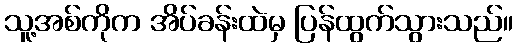
သူ့အစ်ကိုက အိပ်ခန်းထဲမှ ပြန်ထွက်သွားသည်။